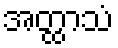
အတ္ထာသံ